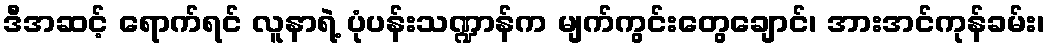
ဒီအဆင့် ရောက်ရင် လူနာရဲ့ ပုံပန်းသဏ္ဍာန်က မျက်ကွင်းတွေချောင်၊ အားအင်ကုန်ခမ်း၊